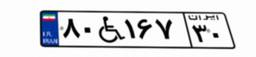
۵۵W۱۹۴۰۵